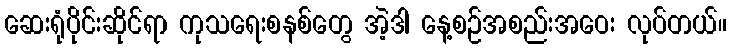
ဆေးရုံပိုင်းဆိုင်ရာ ကုသရေးစနစ်တွေ အဲ့ဒါ နေ့စဉ်အစည်းအဝေး လုပ်တယ်။